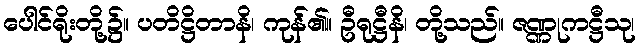
ပေါင်ရိုးတို့၌။ ပတိဋ္ဌိတာနိ၊ ကုန်၏။ ဦရုဋ္ဌီနိ၊ တို့သည်။ ဇဏ္ဏုကဋ္ဌီသု၊